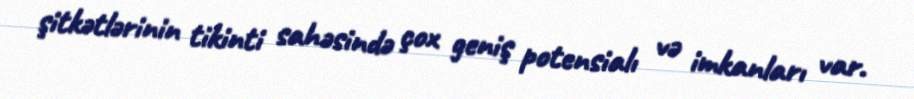
şitkətlərinin tikinti sahəsində çox geniş potensialı və imkanları var.